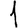
Digit: 1